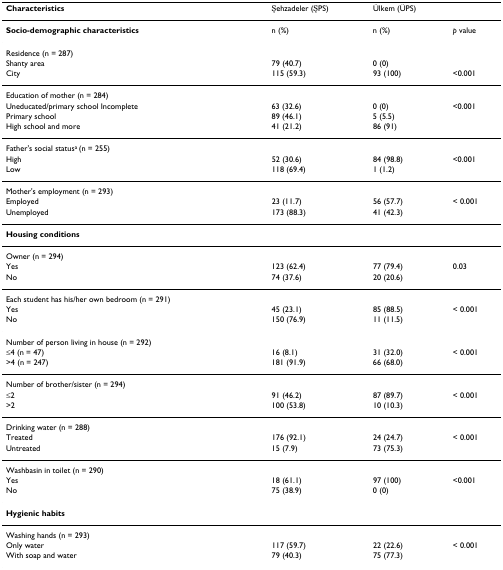
<table><thead><tr><td><b>Characteristics</b></td><td><b>Şehzadeler (ŞPS)</b></td><td><b>Ülkem (ÜPS)</b></td><td></td></tr></thead><tbody><tr><td><b>Socio-demographic characteristics</b></td><td>n (%)</td><td>n (%)</td><td><i>p </i>value</td></tr><tr><td>Residence (n = 287)</td><td></td><td></td><td></td></tr><tr><td>Shanty area</td><td>79 (40.7)</td><td>0 (0)</td><td></td></tr><tr><td>City</td><td>115 (59.3)</td><td>93 (100)</td><td>&lt;0.001 </td></tr><tr><td>Education of mother (n = 284)</td><td></td><td></td><td></td></tr><tr><td>Uneducated/primary school Incomplete</td><td>63 (32.6)</td><td>0 (0)</td><td>&lt;0.001</td></tr><tr><td>Primary school</td><td>89 (46.1)</td><td>5 (5.5)</td><td></td></tr><tr><td>High school and more</td><td>41 (21.2)</td><td>86 (91)</td><td></td></tr><tr><td>Father&#x27;s social status<sup>a </sup>(n = 255)</td><td></td><td></td><td></td></tr><tr><td>High</td><td>52 (30.6)</td><td>84 (98.8)</td><td>&lt;0.001</td></tr><tr><td>Low</td><td>118 (69.4)</td><td>1 (1.2)</td><td></td></tr><tr><td>Mother&#x27;s employment (n = 293)</td><td></td><td></td><td></td></tr><tr><td>Employed</td><td>23 (11.7)</td><td>56 (57.7)</td><td>&lt; 0.001</td></tr><tr><td>Unemployed</td><td>173 (88.3)</td><td>41 (42.3)</td><td></td></tr><tr><td><b>Housing conditions</b></td><td></td><td></td><td></td></tr><tr><td>Owner (n = 294)</td><td></td><td></td><td></td></tr><tr><td>Yes</td><td>123 (62.4)</td><td>77 (79.4)</td><td>0.03</td></tr><tr><td>No</td><td>74 (37.6)</td><td>20 (20.6)</td><td></td></tr><tr><td>Each student has his/her own bedroom (n = 291)</td><td></td><td></td><td></td></tr><tr><td>Yes</td><td>45 (23.1)</td><td>85 (88.5)</td><td>&lt; 0.001</td></tr><tr><td>No</td><td>150 (76.9)</td><td>11 (11.5)</td><td></td></tr><tr><td>Number of person living in house (n = 292)</td><td></td><td></td><td></td></tr><tr><td>≤4 (n = 47)</td><td>16 (8.1)</td><td>31 (32.0)</td><td>&lt; 0.001</td></tr><tr><td>&gt;4 (n = 247)</td><td>181 (91.9)</td><td>66 (68.0)</td><td></td></tr><tr><td>Number of brother/sister (n = 294)</td><td></td><td></td><td></td></tr><tr><td>≤2</td><td>91 (46.2)</td><td>87 (89.7)</td><td>&lt; 0.001</td></tr><tr><td>&gt;2</td><td>100 (53.8)</td><td>10 (10.3)</td><td></td></tr><tr><td>Drinking water (n = 288)</td><td></td><td></td><td></td></tr><tr><td>Treated</td><td>176 (92.1)</td><td>24 (24.7)</td><td>&lt; 0.001</td></tr><tr><td>Untreated</td><td>15 (7.9)</td><td>73 (75.3)</td><td></td></tr><tr><td>Washbasin in toilet (n = 290)</td><td></td><td></td><td></td></tr><tr><td>Yes</td><td>18 (61.1)</td><td>97 (100)</td><td>&lt;0.001</td></tr><tr><td>No</td><td>75 (38.9)</td><td>0 (0)</td><td></td></tr><tr><td><b>Hygienic habits</b></td><td></td><td></td><td></td></tr><tr><td>Washing hands (n = 293)</td><td></td><td></td><td></td></tr><tr><td>Only water</td><td>117 (59.7)</td><td>22 (22.6)</td><td>&lt; 0.001</td></tr><tr><td>With soap and water</td><td>79 (40.3)</td><td>75 (77.3)</td><td></td></tr></tbody></table>